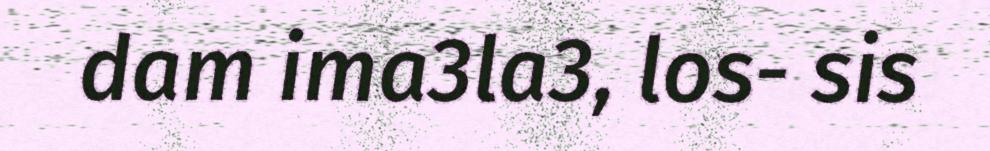
dam ima3la3, los- sis